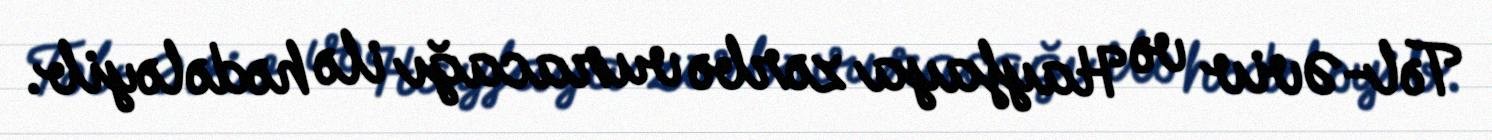
Təl-Əviv və Hayfaya zərbə vuracağı ilə hədələyib.